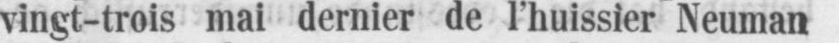
vingt-trois mai dernier de l’huissier Neuman